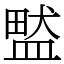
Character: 盢